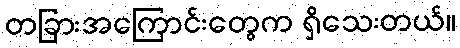
တခြားအကြောင်းတွေက ရှိသေးတယ်။